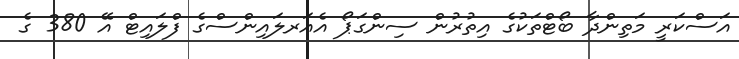
އަސްކަރީ މަތިންދާ ބޯޓްތަކުގެ އިތުރުން ސިންގަޕޯ އެއަރލައިންސްގެ ފްލައިޓް އޭ 380 ގެ